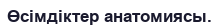
Өсімдіктер анатомиясы.